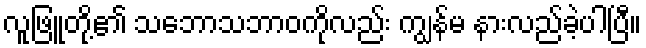
လူဖြူတို့၏ သဘောသဘာဝကိုလည်း ကျွန်မ နားလည်ခဲ့ပါပြီ။